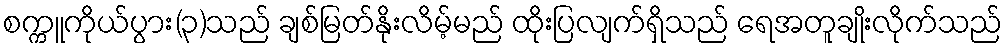
စက္ကူကိုယ်ပွား(၃)သည် ချစ်မြတ်နိုးလိမ့်မည် ထိုးပြလျက်ရှိသည် ရေအတူချိုးလိုက်သည်